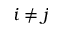
i \not = j